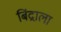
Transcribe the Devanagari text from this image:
बिंद्राला